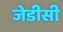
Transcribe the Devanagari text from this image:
जेडीसी